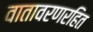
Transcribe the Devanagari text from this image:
वातावरणरहित